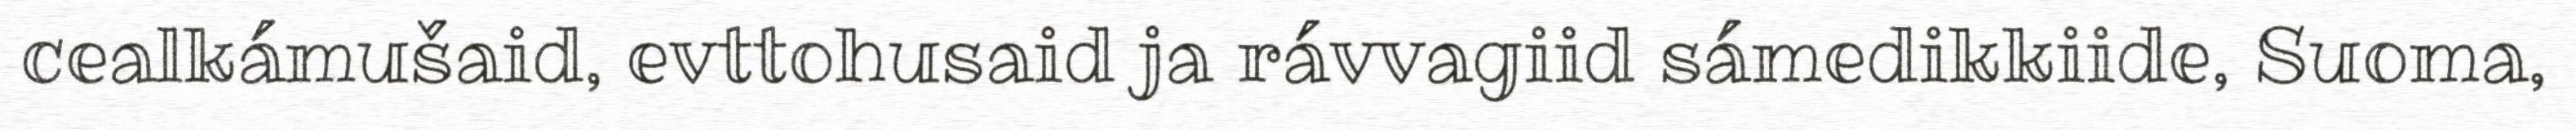
cealkámušaid, evttohusaid ja rávvagiid sámedikkiide, Suoma,